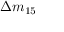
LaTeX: \Delta { m } _ { 1 5 }